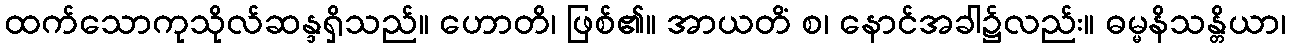
ထက်သောကုသိုလ်ဆန္ဒရှိသည်။ ဟောတိ၊ ဖြစ်၏။ အာယတိံ စ၊ နောင်အခါ၌လည်း။ ဓမ္မနိသန္တိယာ၊